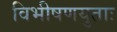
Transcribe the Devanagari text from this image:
विभीषणयुताः